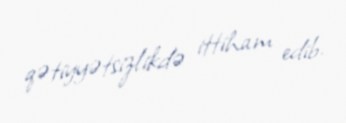
qətiyyətsizlikdə ittiham edib.